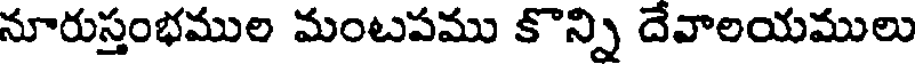
నూరుస్తంభముల మంటపము కొన్ని దేవాలయములు